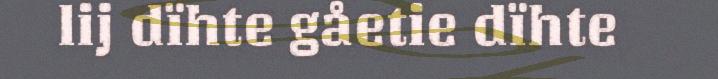
lij dïhte gåetie dïhte